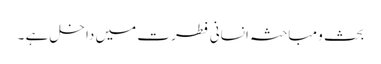
بحث و مباحثہ انسانی فطرت میں داخل ہے ۔